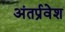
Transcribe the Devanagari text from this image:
अंतर्प्रवेश